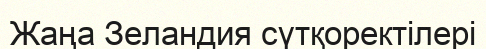
Жаңа Зеландия сүтқоректілері